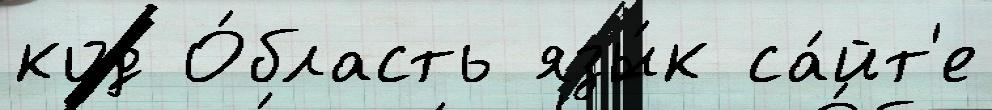
код О́бласть язы́к са́йт'е